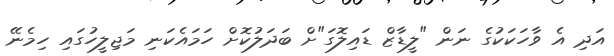
އަދި އެ ވާހަކަކުގެ ނަން "ލީޑާޒް ޑައިލޮގަ"ށް ބަދަލުކޮށް ހަމައެކަނި މަޖިލީހުގައި ހިމެނޭ